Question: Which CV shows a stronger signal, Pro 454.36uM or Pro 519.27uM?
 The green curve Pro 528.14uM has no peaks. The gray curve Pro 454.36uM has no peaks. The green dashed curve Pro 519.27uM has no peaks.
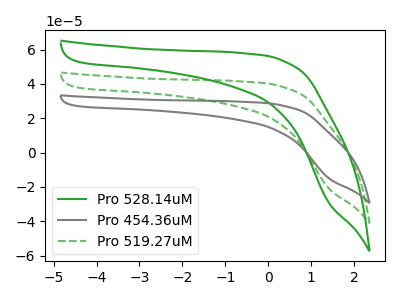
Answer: <think>Neither "Pro 454.36uM" or "Pro 519.27uM" have any peaks.
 </think>
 <answer>I cant tell if "Pro 454.36uM" or "Pro 519.27uM" has more signal.</answer>
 <eval>mixed_signal</eval>